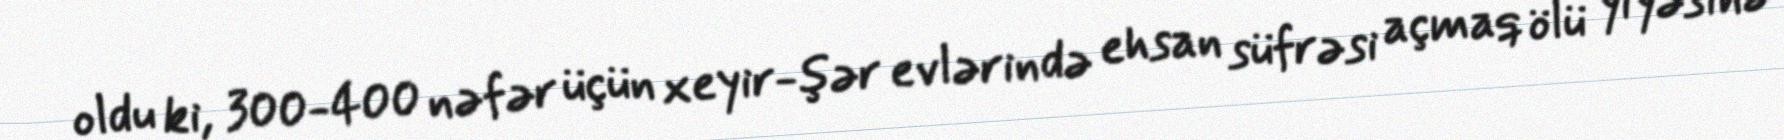
oldu ki, 300-400 nəfər üçün xeyir-şər evlərində ehsan süfrəsi açmaq ölü yiyəsinə